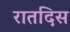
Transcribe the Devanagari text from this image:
रातदिस